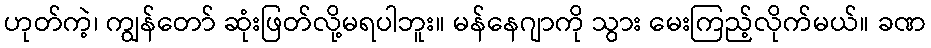
ဟုတ်ကဲ့၊ ကျွန်တော် ဆုံးဖြတ်လို့မရပါဘူး။ မန်နေဂျာကို သွား မေးကြည့်လိုက်မယ်။ ခဏ